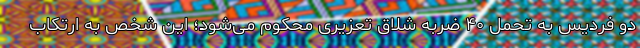
دو فردیس به تحمل ۴۰ ضربه شلاق تعزیری محکوم می‌شود؛ این شخص به ارتکاب